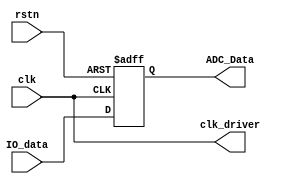
 module AD9226 (
    input           clk,           //260M
    input           rstn,

    output          clk_driver,
    input           [12:0]IO_data,
    output     reg  [12:0]ADC_Data  
);

`define clkOutPeriod  4		//clk_driver = clk/4 = 260M/4 = 65M
reg [31:0]clkCnt;
always@(posedge clk or  negedge rstn)
	if(!rstn)
		clkCnt <= 32'd0;
	else if(clkCnt == (`clkOutPeriod-1)) begin
		clkCnt <= 32'd0;
	end
	else begin
		clkCnt <= clkCnt + 32'd1;
	end
	
//always @(posedge clk or negedge rstn)
//	if(!rstn) begin
//		clk_driver <= 1'd0;
//		ADC_Data <= 13'd0;
//	end
//	else if(clkCnt == `clkOutPeriod/2-1) begin
//		clk_driver <= 1'd1;
//		ADC_Data <= IO_data;
//	end
//	else if(clkCnt == `clkOutPeriod-1) begin
//		clk_driver <= 1'd0;
//		ADC_Data <= ADC_Data;
//	end
//	else begin
//		clk_driver <= clk_driver;
//		ADC_Data <= ADC_Data;
//	end


assign clk_driver = clk;

always @(posedge clk or negedge rstn) begin
	if(!rstn)
		ADC_Data <= 0;
	else
		ADC_Data <= IO_data;
    end

endmodule //AD9226